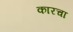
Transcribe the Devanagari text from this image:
कारचा